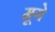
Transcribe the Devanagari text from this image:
मूगे